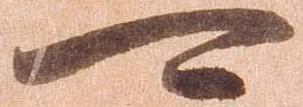
可